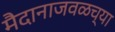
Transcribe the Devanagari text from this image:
मैदानाजवळच्या